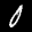
Label: 0